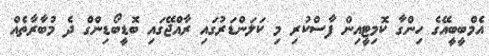
އެމްބީބީއޭގެ ހިންގާ ކޮމިޓީއިން ފާސްކުރި މި ކަލަންޑަރުގައި ރާއްޖޭގައި ބޮޑީބޯޑިންގް ދެ މުބާރާތެއް